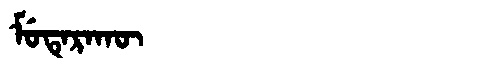
Manchu: ᠮᡠᡨᡝᡵᠠᡴᡡ
Romanization: MUTERAKŪ